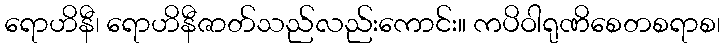
ရောဟိနီ၊ ရောဟိနီဇာတ်သည်လည်းကောင်း။ ကပိဝါရုဏိစေတစရာစ၊